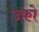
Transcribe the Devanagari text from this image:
उको